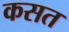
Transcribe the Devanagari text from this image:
कसत